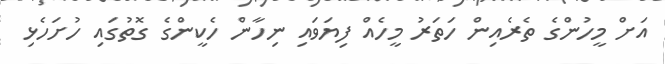
އަށް މީހުންގެ ތެރެއިން ހަތަރު މީހެއް ފިޔަވައި ނިހާން ހެކީންގެ ގޮތުގައި ހުށަހެޅި